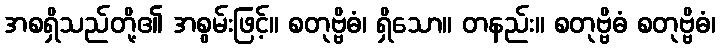
အစရှိသည်တို့၏ အစွမ်းဖြင့်။ စတုဗ္ဗိဓံ၊ ရှိသော။ တနည်း။ စတုဗ္ဗိဓံ စတုဗ္ဗိဓံ၊